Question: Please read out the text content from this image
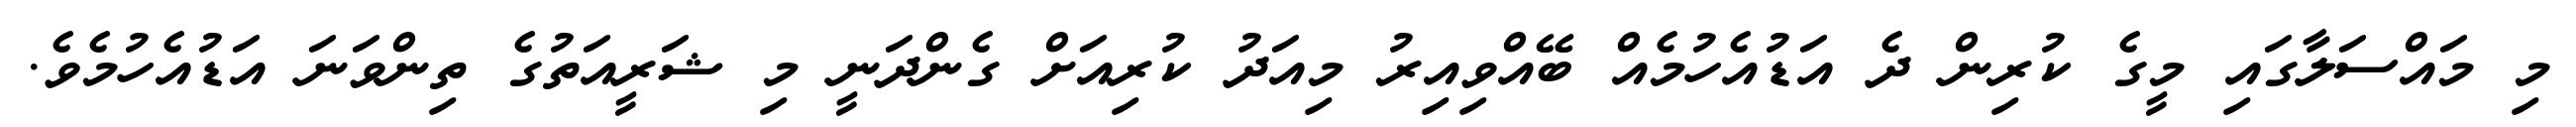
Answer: މި މައްސަލާގައި މީގެ ކުރިން ދެ އަޑުއެހުމެއް ބޭއްވިއިރު މިއަދު ކުރިއަށް ގެންދަނީ މި ޝަރީއަތުގެ ތިންވަނަ އަޑުއެހުމެވެ.